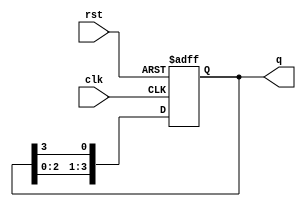
module ring_counter (
    input wire clk,       // Clock signal
    input wire rst,       // Asynchronous reset signal
    output reg [3:0] q    // 4-bit output of the counter
);

    // Initial state
    initial begin
        q = 4'b0001; // Initialize to the state with one '1' and the rest '0's
    end

    // Synchronous process
    always @(posedge clk or posedge rst) begin
        if (rst) begin
            q <= 4'b0001; // Reset to initial state
        end else begin
            // Shift the '1' to the right
            q <= {q[2:0], q[3]}; // Circulate the '1' to the next position
        end
    end

endmodule